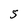
Character: S